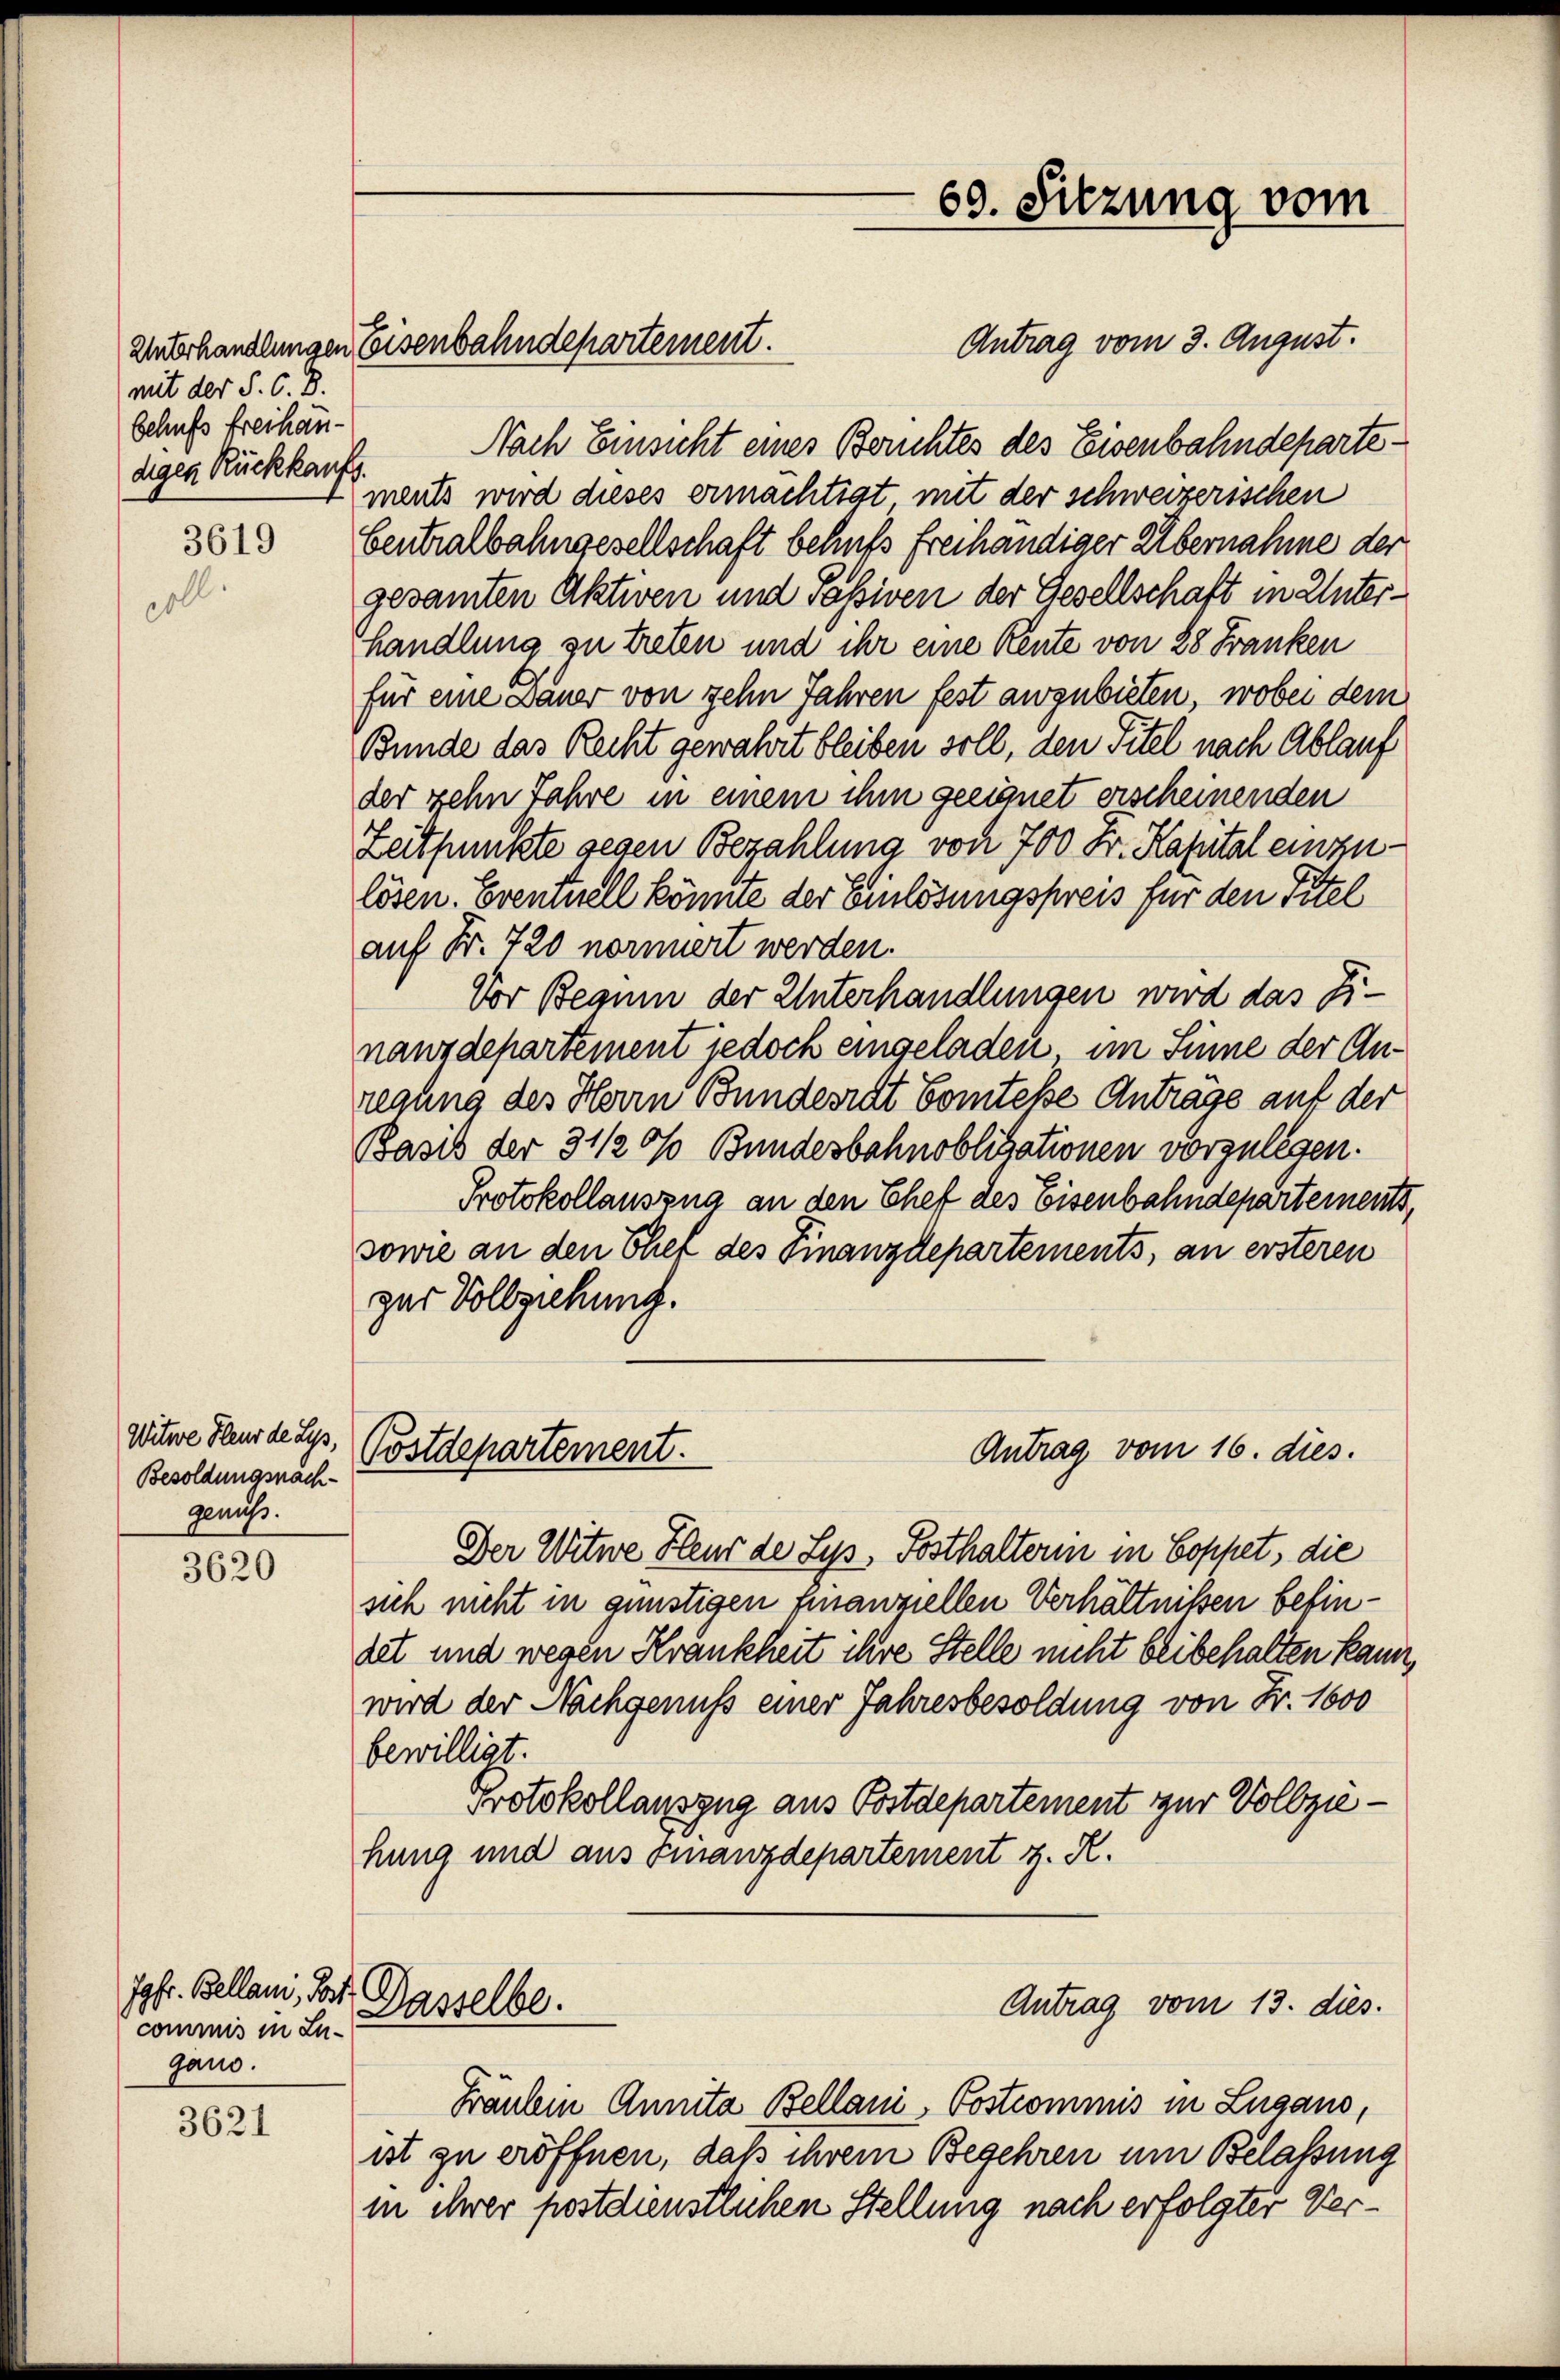
mit der S. C. D.
behufs freihandiges Rückkaufs.

3619

Witwe Hleur de Lyp,
Besoldungsnachgenuß.

3620

3621

Jgfr. Bellani, Tort
commis in Lugano.

Antrag vom 3. August.
Nach Einsicht eines Berichtes des Eisenbahndepartements wird dieses ermächtigt mit der schweizerischen
Centralbahngesellschaft behufs freihändiger Übernahme der
gesamten Aktiven und Passiven der Gesellschaft in Unterhandlung zu treten und ihr eine Rente von 28 Franken
für eine Dauer von gehn Jahren fest augubieten, wobei dem
Bunde das Recht gewahrt bleiben soll, den Titel nach Ablauf
der zehn Jahre in einem ihm geeignet erscheinenden
Zeitpunkte gegen Bezahlung von 700 Fr. Kapital einzulösen. Eventuell könnte der Einlösungspreis für den Titel
auf Fr. 720 nomiert werden.
Vor Beguin der Unterhandlungen wird das Dinanzdepartement jedoch eingeladen, im Sinne der Anregung des Herrn Bundericht Comtesse Anträge auf der
Basis der 3 1/2 0% Bundesbahnobligationen vorzulegen.
Protokollauszug an den Chef des Eisenbahndepartements
sowie an den Chef des Finanzdepartements, an ersteren
zur Vollziehung.
Antrag vom 16. dies.
Postdepartement.
Der Witwe Heur der Sys, Posthalterin in Coppet, die
sich nicht in günstigen finanziellen Verhältnissen befindet und wegen Krankheit ihre Stelle nicht beibehalten kam
wird der Nachgenuss einer Jahresbesoldung von Fr. 1600
bewilligt.
Protokollauszug aus Postdepartement zur Vollziehung und aus Finanzdepartement z. R.
Antrag vom 13. dies.
Dasselbe.
Fräulein Annita Bellani, Postcommis in Lugano,
ist zu eröffnen, daß ihrem Begehren um Belassung
in ihrer postdienstlichen Stellung nach erfolgter Ver¬

Unbehandlungen Eisenbahndepartement.

69. Sitzung vom